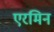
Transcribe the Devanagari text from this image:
एरमिन